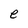
Character: e